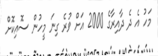
މަހު އެ ދެ ދާއިރާގެ 2000 އަށް ވުރެ ގިނަ މީހުން ސޮއިކޮށް